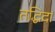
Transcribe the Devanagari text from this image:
तद्धिदां